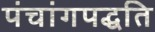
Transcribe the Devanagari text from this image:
पंचांगपद्धति